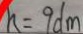
h = 9 d m